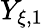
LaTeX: Y_{\xi,1}